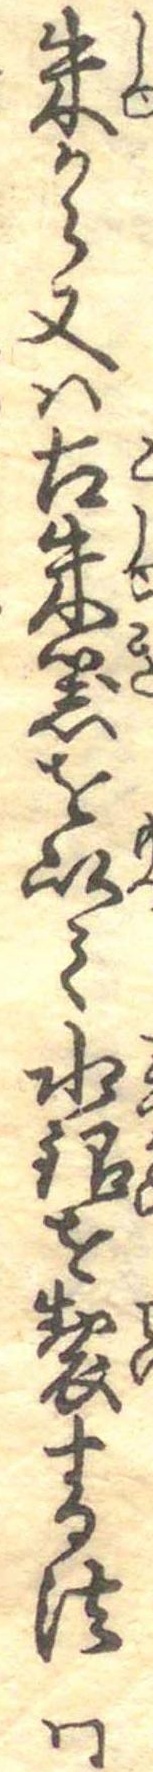
朱から又は古朱器を以て水銀を製する法同